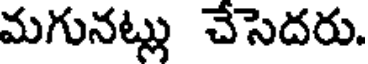
మగునట్లు చేసెదరు.